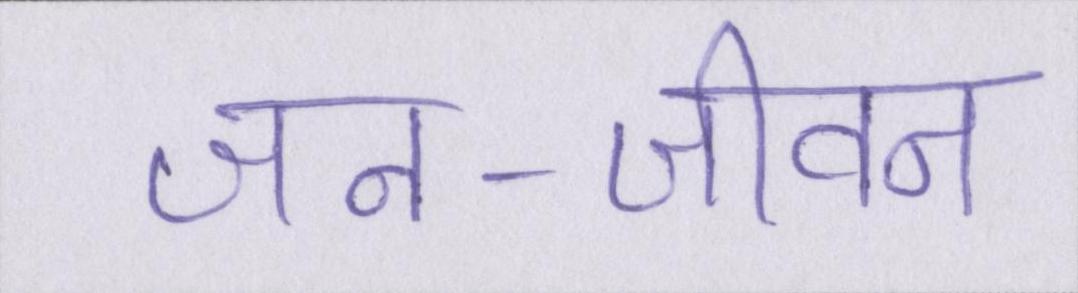
जन-जीवन